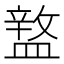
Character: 𥂚